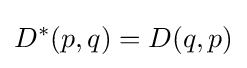
D^{*}(p,q)=D(q,p)